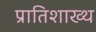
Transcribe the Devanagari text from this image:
प्रातिशाख्थ